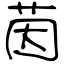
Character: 茵